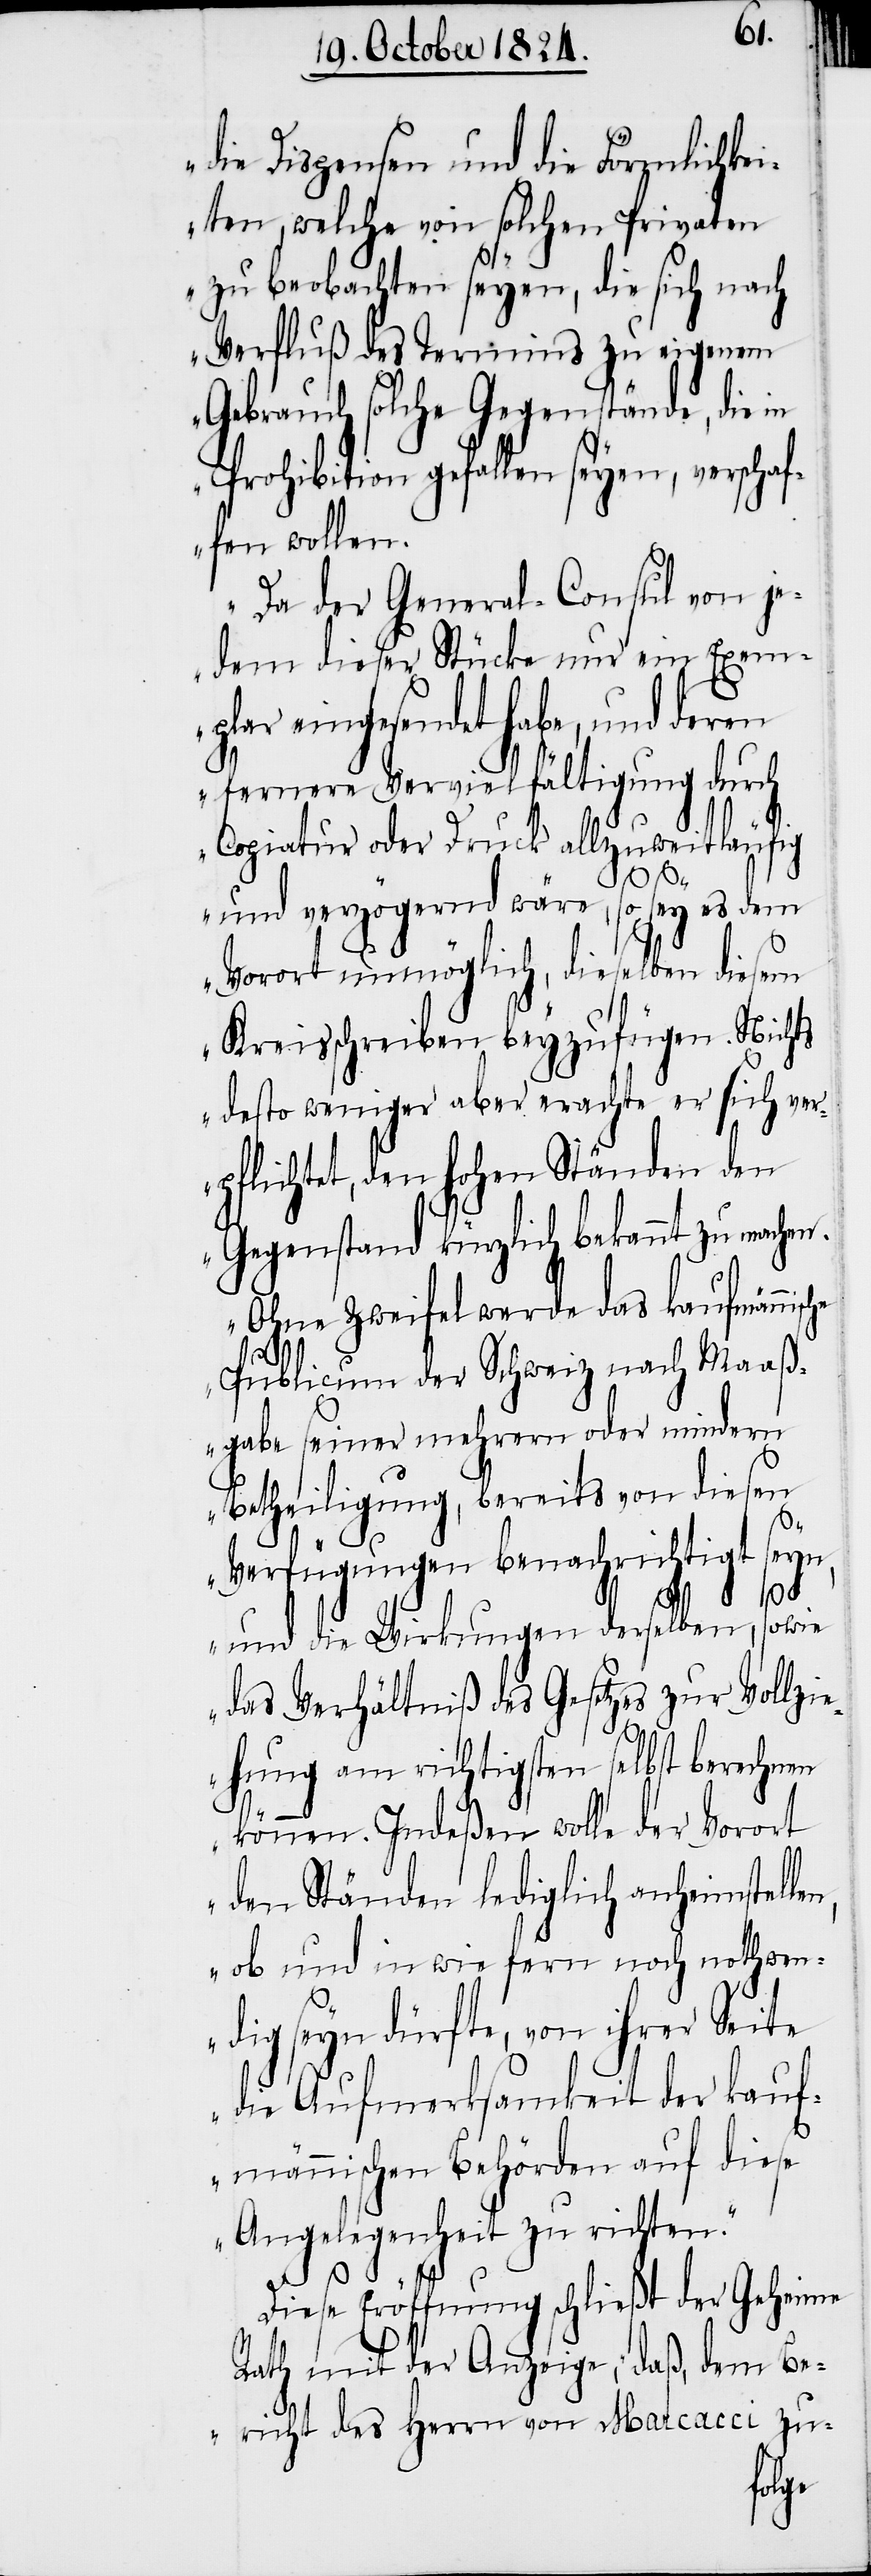
die Dispensen und die Förmlichkei¬
ten, welche von solchen Privaten
zu beobachten seyen, die sich nach
Verfluß des Termins zu eigenem
Gebrauch solche Gegenstände, die in
Prohibition gefallen seyen, verschaf¬
fen wollen.
Da der General-Consul von je¬
dem dieser Stücke nur ein Exem¬
eingesendet habe, und deren
fernere Vervielfältigung durch
Copiatur oder Druck allzuweitläufig
n,
ort
und verzögernd wäre, so sey es dem
Vorort unmöglich, dieselben diesem
Kreisschreiben beyzufügen. Nichts
desto weniger aber erachte er sich ver¬
pflichtet, den hohen Ständen den
Gegenstand kürzlich bekannt zu machen.
Ohne Zweifel werde das kaufmänni¬
Publikum der Schweiz nach Maaß¬
gabe seiner mehrern oder mindern
Betheiligung, bereits von diesen
Verfügungen benachrichtigt seyn,
und die Wirkungen derselben, sowie
das Verhältniß des Gesetzes zur Vollzi¬
ehung am richtigsten selbst berechnen
können. Indeßen wolle der Vor¬
den Ständen lediglich anheimstelle¬
ob und in wie fern noch nothwen¬
dig seyn dürfte, von ihrer Seite
die Aufmerksamkeit der kauf¬
männischen Behörden auf diese
Angelegenheit zu richten.“
Diese Eröffnung schließt der Geheime
Rath mit der Anzeige, „daß, dem Be¬
richt des Herrn von Marcacci zu-
sche